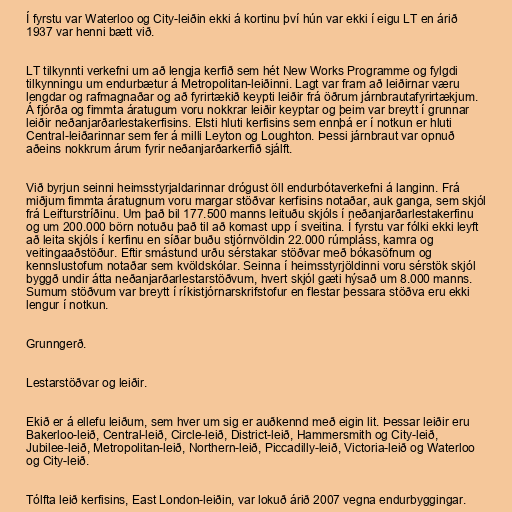
Í fyrstu var Waterloo og City-leiðin ekki á kortinu því hún var ekki í eigu LT en árið
1937 var henni bætt við.

LT tilkynnti verkefni um að lengja kerfið sem hét New Works Programme og fylgdi
tilkynningu um endurbætur á Metropolitan-leiðinni. Lagt var fram að leiðirnar væru
lengdar og rafmagnaðar og að fyrirtækið keypti leiðir frá öðrum járnbrautafyrirtækjum.
Á fjórða og fimmta áratugum voru nokkrar leiðir keyptar og þeim var breytt í grunnar
leiðir neðanjarðarlestakerfisins. Elsti hluti kerfisins sem ennþá er í notkun er hluti
Central-leiðarinnar sem fer á milli Leyton og Loughton. Þessi járnbraut var opnuð
aðeins nokkrum árum fyrir neðanjarðarkerfið sjálft.

Við byrjun seinni heimsstyrjaldarinnar drógust öll endurbótaverkefni á langinn. Frá
miðjum fimmta áratugnum voru margar stöðvar kerfisins notaðar, auk ganga, sem skjól
frá Leifturstríðinu. Um það bil 177.500 manns leituðu skjóls í neðanjarðarlestakerfinu
og um 200.000 börn notuðu það til að komast upp í sveitina. Í fyrstu var fólki ekki leyft
að leita skjóls í kerfinu en síðar buðu stjórnvöldin 22.000 rúmpláss, kamra og
veitingaaðstöður. Eftir smástund urðu sérstakar stöðvar með bókasöfnum og
kennslustofum notaðar sem kvöldskólar. Seinna í heimsstyrjöldinni voru sérstök skjól
byggð undir átta neðanjarðarlestarstöðvum, hvert skjól gæti hýsað um 8.000 manns.
Sumum stöðvum var breytt í ríkistjórnarskrifstofur en flestar þessara stöðva eru ekki
lengur í notkun.

Grunngerð.

Lestarstöðvar og leiðir.

Ekið er á ellefu leiðum, sem hver um sig er auðkennd með eigin lit. Þessar leiðir eru
Bakerloo-leið, Central-leið, Circle-leið, District-leið, Hammersmith og City-leið,
Jubilee-leið, Metropolitan-leið, Northern-leið, Piccadilly-leið, Victoria-leið og Waterloo
og City-leið.

Tólfta leið kerfisins, East London-leiðin, var lokuð árið 2007 vegna endurbyggingar.